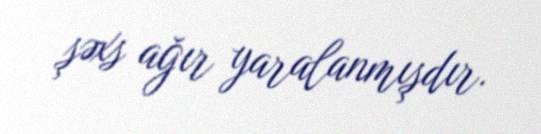
şəxs ağır yaralanmışdır.